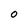
Character: o